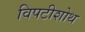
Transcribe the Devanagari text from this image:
विपटीशोथ